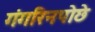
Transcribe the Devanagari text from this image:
गंगरिनपोछे